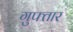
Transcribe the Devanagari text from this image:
गुफ्तार